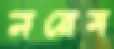
নরেম